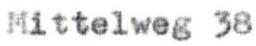
Mittelweg 38